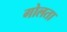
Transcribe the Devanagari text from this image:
गोलता